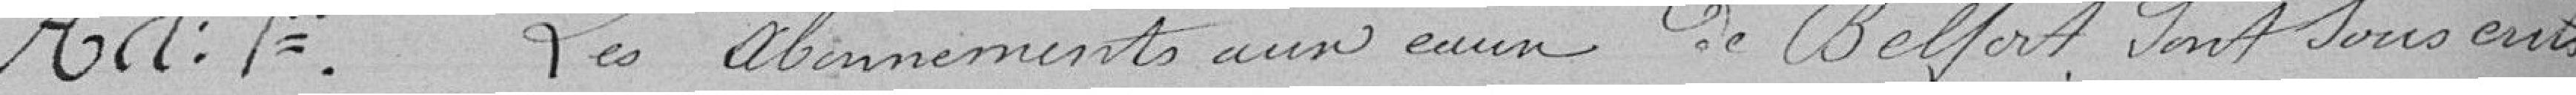
Article 1er : Les abonnements aux eaux de Belfort sont souscrits